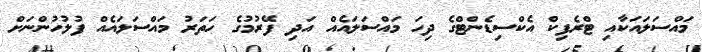
މައްސަލައަކާއި ޓްރެފިކް އެކްސިޑެންޓްގެ ދިހަ މައްސަލައެއް އަދި ފޭރުމުގެ ހަަތަރު މައްސަލައެއް ފުލުހުންނަށް